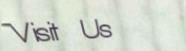
Visit Us